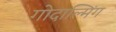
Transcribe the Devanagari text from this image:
गोदाल्मिंग